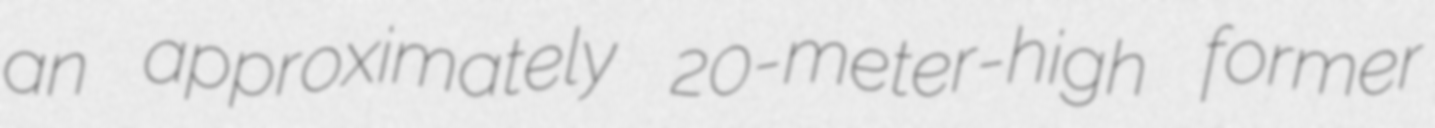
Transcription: an approximately 20-meter-high former